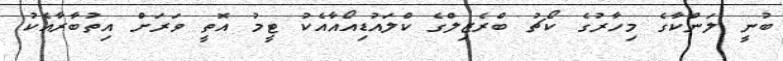
ބުނީ ލަންކާގެ މިހާރުގެ ކޯޗު ބްރެޒިލްގެ ކްލައުޑިއޯއާއެކު ޓީމު އޮތީ ވަރަށް އިތުބާރާއެކު